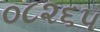
૦૮૨૬૫